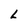
Character: L